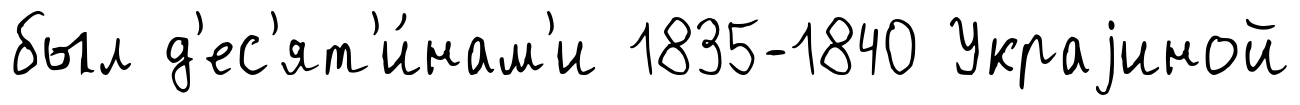
был д'ес'ят'и́нам'и 1835-1840 Украjиной